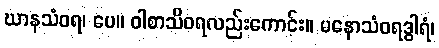
ဃာနသံဝရ၊ ပေ။ ဝါစာသိဝရလည်းကောင်း။ မနောသံဝရဒွါရံ၊